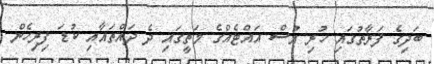
ބަދިގެ ފަރާތުގައި ހުރި އުސް އައްޓެއްގެ މަތީގައި ދެ ދައްތައާއި ކުޑަ ފިރިހެން